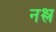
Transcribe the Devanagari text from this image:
नश्ल